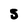
Character: S